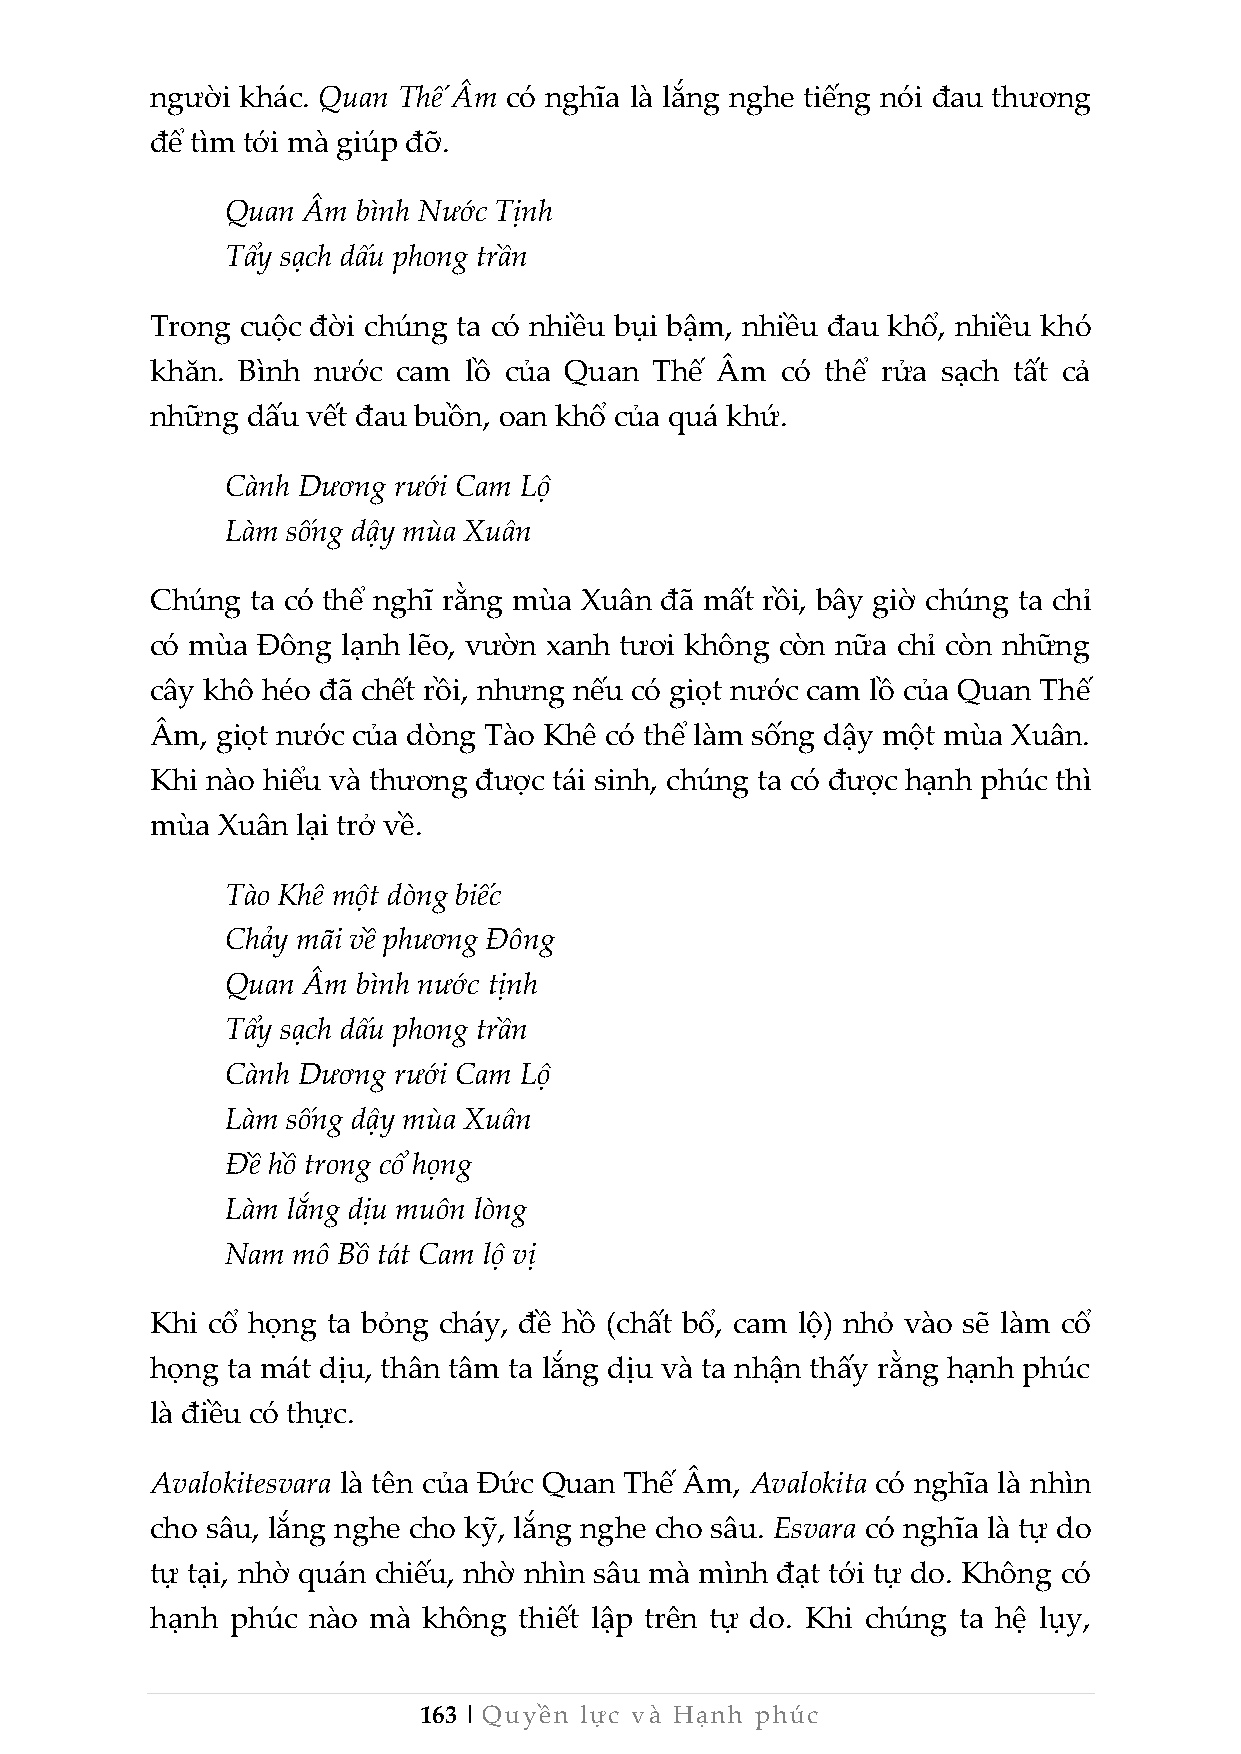
người khác. Quan Thế Âm có nghĩa là lắng nghe tiếng nói đau thương
 để tìm tới mà giúp đỡ.
 Quan Âm  bình Nước Tịnh
 Tẩy sạch dấu phong trần
 Trong cuộc đời chúng ta có nhiều bụi bậm, nhiều đau khổ, nhiều khó
 khăn. Bình nước cam  lồ của Quan Thế Âm   có thể rửa sạch tất cả
 những dấu vết đau buồn, oan khổ của quá khứ.
 Cành Dương rưới Cam Lộ
 Làm sống dậy mùa Xuân
 Chúng  ta có thể nghĩ rằng mùa Xuân đã mất rồi, bây giờ chúng ta chỉ
 có mùa Đông  lạnh lẽo, vườn xanh tươi không còn nữa chỉ còn những
 cây khô héo đã chết rồi, nhưng nếu có giọt nước cam lồ của Quan Thế
 Âm, giọt nước của dòng Tào Khê có thể làm sống dậy một mùa Xuân.
 Khi nào hiểu và thương được tái sinh, chúng ta có được hạnh phúc thì
 mùa Xuân  lại trở về.
 Tào Khê một dòng biếc
 Chảy mãi về phương Đông
 Quan Âm  bình nước tịnh
 Tẩy sạch dấu phong trần
 Cành Dương rưới Cam Lộ
 Làm sống dậy mùa Xuân
 Đề hồ trong cổ họng
 Làm lắng dịu muôn lòng
 Nam mô Bồ tát Cam lộ vị
 Khi cổ họng ta bỏng cháy, đề hồ (chất bổ, cam lộ) nhỏ vào sẽ làm cổ
 họng ta mát dịu, thân tâm ta lắng dịu và ta nhận thấy rằng hạnh phúc
 là điều có thực.
 Avalokitesvara là tên của Đức Quan Thế Âm, Avalokita có nghĩa là nhìn
 cho sâu, lắng nghe cho kỹ, lắng nghe cho sâu. Esvara có nghĩa là tự do
 tự tại, nhờ quán chiếu, nhờ nhìn sâu mà mình đạt tới tự do. Không có
 hạnh phúc nào mà  không thiết lập trên tự do. Khi chúng ta hệ lụy,
 163 | Quyền lực và Hạnh phúc